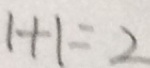
1 + 1 = 2